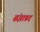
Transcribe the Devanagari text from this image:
संज्ञाप्रद